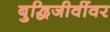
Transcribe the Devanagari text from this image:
बुद्धिजीवींवर